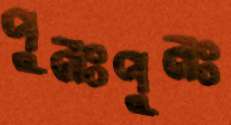
পুনঃপুনঃ